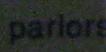
parlors